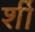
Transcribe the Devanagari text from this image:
र्शी